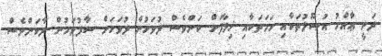
ދަނީ ޢާއްމު އުޞޫލުތަކާއި ހަމަތަކާއި ޚިލާފަށް ކަންވެސް ދުވަހުން ދުވަހަށް ސާފުވަމުން ދާކަންވެސް